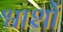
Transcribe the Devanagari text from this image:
श्वाशों